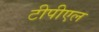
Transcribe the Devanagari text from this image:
टीपीएल